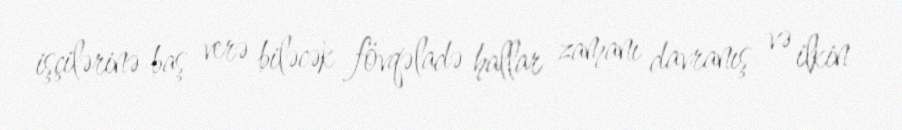
işçilərinə baş verə biləcək fövqəladə hallar zamanı davranış və ilkin